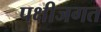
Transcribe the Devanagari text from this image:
पक्षीजगत